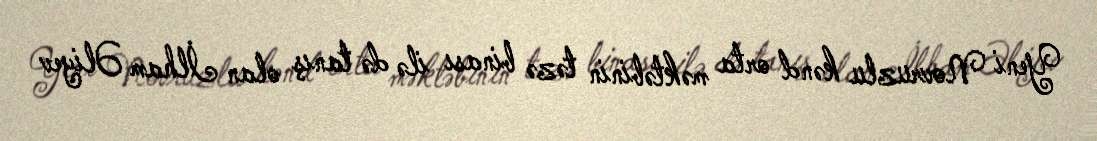
Yeni Novruzlu kənd orta məktəbinin təzə binası ilə də tanış olan İlham Əliyev